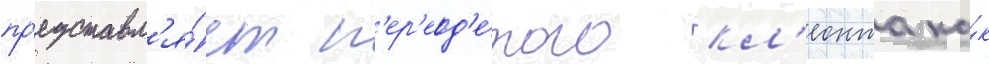
пр'едставл'я́ет п'ер'еод'е́того кл'еонта ка́к